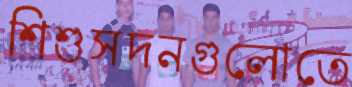
শিশুসদনগুলোতে